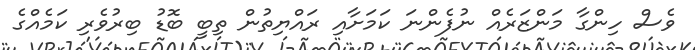
ވެސް ހިންގާ މަންޒަރެއް ނުފެންނަ ކަމަށާއި ރަައްޔިތުން ތިބީ ބޮޑު ބިރުވެރި ކަމެއްގެ